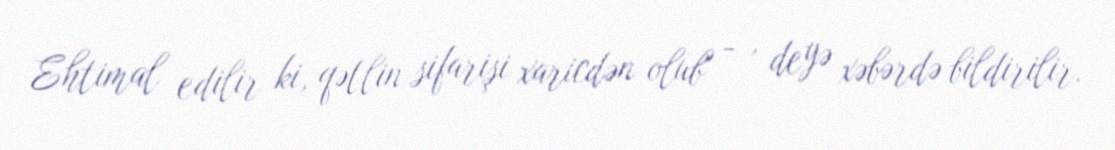
Ehtimal edilir ki, qətlin sifarişi xaricdən olub" - , deyə xəbərdə bildirilir.